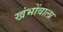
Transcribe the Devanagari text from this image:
खंभोंवाला